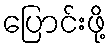
ပြောင်းဖို့